Lunatic asylums Punjab 1868-1880 - 1868-1880
Year: 1868
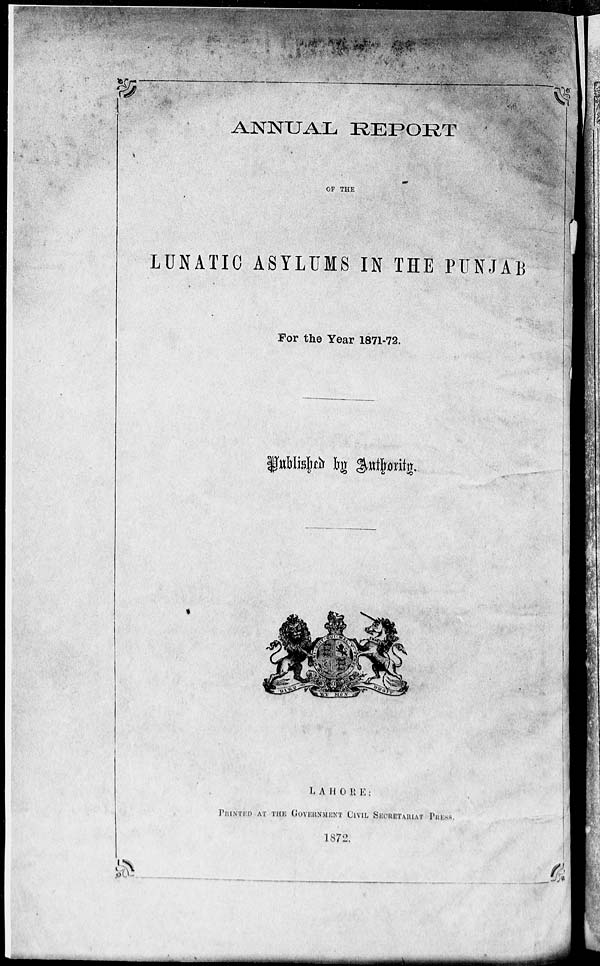
ANNUAL REPORT
OF THE
LUNATIC ASYLUMS IN THE PUNJAB
For the Year 1871-72.
Published by Authority.
LAHORE :
PRINTED AT THE GOVERNMENT CIVIL SECRETARIAT PRESS.
1872.